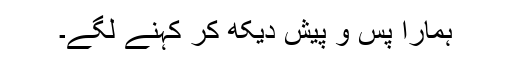
ہمارا پس و پیش دیکھ کر کہنے لگے۔